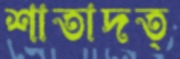
শাতাদত্